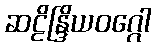
ဆဠိန္ဒြိယဝဂ္ဂေါ